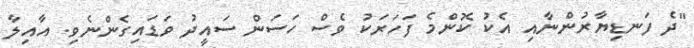
"ދެ ފަނޑިޔާރުންނާއި އެކު ކޮންމެ ފަހަރަކު ވެސް ހަސަން ސައީދު ވަޑައިގެންނެވި. އާއިލާ